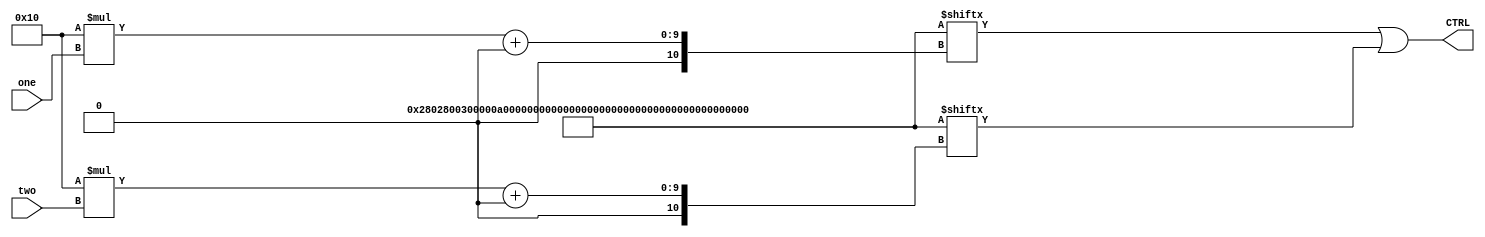
//////////////////////////////////////////////////////////////////////////////////
// Organization: SNUECE
// Student: Jaewon Chung
// 
// Module Name: ROM
// Project Name: Computer organization Project 5
//////////////////////////////////////////////////////////////////////////////////

`define NUM_CTRL 16
`define NUM_RT 14

module ROM(
    input [3:0] one,
    input [3:0] two,
    output [`NUM_CTRL-1:0] CTRL
    );
    
    /*
    Input:
    There are at maximum two register transfers in a single state (cycle). 'one' and 'two' represent each of their RT codes.
    For states with only one RT, 'one' is 13.
    
    Output:
    CTRL = elementwise-OR( control_signal of 'one', control_signal of 'two' )
    
    Output CTRL signal bits correspond to:
    PCWriteCond, PCWrite, IorD, ReadM, WriteM, RegSrc[2], IRWrite, RegWrite, RegDst[2], PCSrc[2], ALUSrcA, ALUSrcB[2]
    */
    
    parameter [`NUM_CTRL*(`NUM_RT+1)-1:0] memory = { 
                                                    `NUM_CTRL'b0_0_0_0_0_00_0_0_00_00_0_00,     // 14: All zero. Does nothing when performed OR with something else.
                                                    `NUM_CTRL'b0_0_0_0_0_01_0_1_00_00_0_00,     // 13
                                                    `NUM_CTRL'b0_0_1_0_1_00_0_0_00_00_0_00,     // 12
                                                    `NUM_CTRL'b0_0_1_1_0_00_0_0_00_00_0_00,     // 11
                                                    `NUM_CTRL'b0_0_0_0_0_00_0_1_01_00_0_00,     // 10
                                                    `NUM_CTRL'b0_0_0_0_0_00_0_1_00_00_0_00,     //  9
                                                    `NUM_CTRL'b1_0_0_0_0_00_0_0_00_01_1_00,     //  8
                                                    `NUM_CTRL'b0_0_0_0_0_00_0_0_00_00_1_00,     //  7
                                                    `NUM_CTRL'b0_0_0_0_0_00_0_0_00_00_1_10,     //  6
                                                    `NUM_CTRL'b0_1_0_0_0_00_0_0_00_11_0_00,     //  5
                                                    `NUM_CTRL'b0_0_0_0_0_10_0_1_10_00_0_00,     //  4
                                                    `NUM_CTRL'b0_1_0_0_0_00_0_0_00_10_0_00,     //  3
                                                    `NUM_CTRL'b0_0_0_0_0_00_0_0_00_00_0_10,     //  2
                                                    `NUM_CTRL'b0_1_0_0_0_00_0_0_00_00_0_01,     //  1
                                                    `NUM_CTRL'b0_0_0_1_0_00_1_0_00_00_0_00      //  0
                                              };
    
    assign CTRL = memory[`NUM_CTRL*one+:`NUM_CTRL] | memory[`NUM_CTRL*two+:`NUM_CTRL];
    
endmodule